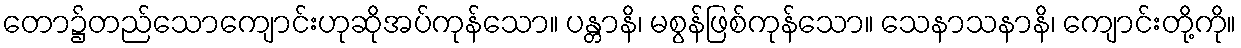
တော၌တည်သောကျောင်းဟုဆိုအပ်ကုန်သော။ ပန္တာနိ၊ မစွန်ဖြစ်ကုန်သော။ သေနာသနာနိ၊ ကျောင်းတို့ကို။